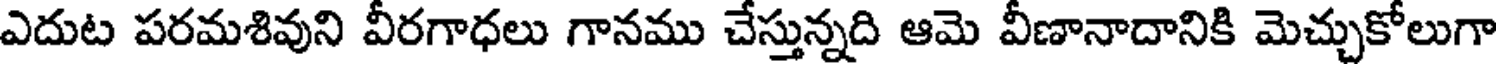
ఎదుట పరమశివుని వీరగాధలు గానము చేస్తున్నది ఆమె వీణానాదానికి మెచ్చుకోలుగా